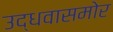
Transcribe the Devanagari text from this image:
उद्धवासमोर